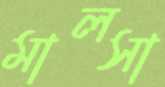
মালসা